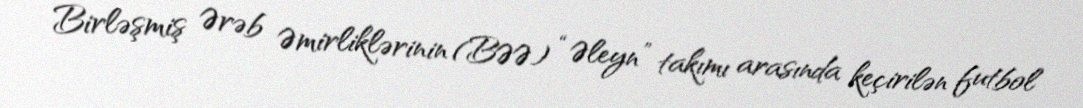
Birləşmiş Ərəb Əmirliklərinin (BƏƏ) “Əleyn” takımı arasında keçirilən futbol